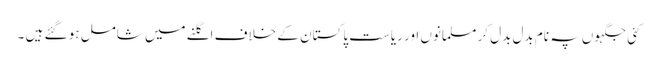
کئی جگہوں پہ نام بدل بدل کر مسلمانوں اور ریاست پاکستان کے خلاف اگلنے میں شامل ہو گئے ہیں ۔